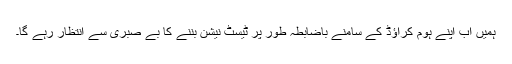
ہمیں اب اپنے ہوم کراﺅڈ کے سامنے باضابطہ طور پر ٹیسٹ نیشن بننے کا بے صبری سے انتظار رہے گا۔